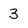
Character: 3